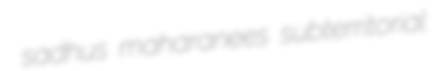
sadhus maharanees subterritorial